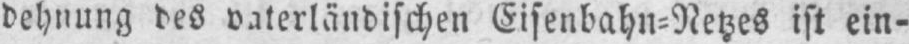
dehnung des vaterländischen Eisenbahn⸗Netzes ist ein-